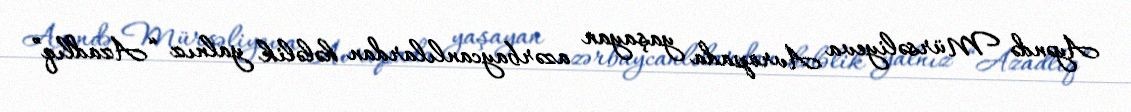
Ayəndə Mürsəliyeva Avropada yaşayan azərbaycanlılardan hələlik yalnız “Azadlıq”